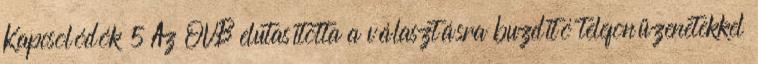
Kapcsolódók 5 Az OVB elutasította a választásra buzdító telefonüzenetekkel